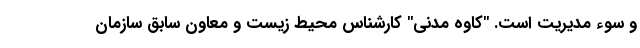
و سوء مدیریت است. "کاوه مدنی" کارشناس محیط زیست و معاون سابق سازمان